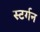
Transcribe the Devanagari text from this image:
स्टर्गन